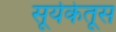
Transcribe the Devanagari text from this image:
सूर्यकेतूस